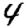
Digit: 4